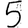
Digit: 5